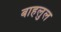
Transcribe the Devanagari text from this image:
बाहलुल